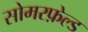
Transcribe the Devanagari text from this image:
सोमरफ़ेल्ड